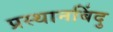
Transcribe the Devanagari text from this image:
प्रस्थानबिंदु